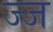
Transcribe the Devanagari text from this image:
ज्ज